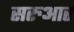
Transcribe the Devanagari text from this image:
सरुआर